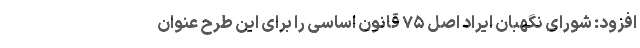
افزود: شورای نگهبان ایراد اصل ۷۵ قانون اساسی را برای این طرح عنوان